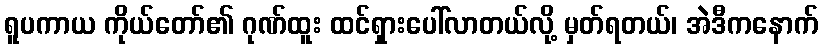
ရူပကာယ ကိုယ်တော်၏ ဂုဏ်ထူး ထင်ရှားပေါ်လာတယ်လို့ မှတ်ရတယ်၊ အဲဒီကနောက်